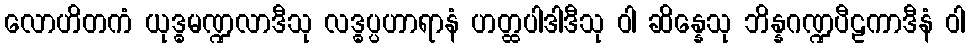
လောဟိတကံ ယုဒ္ဓမဏ္ဍလာဒီသု လဒ္ဓပ္ပဟာရာနံ ဟတ္ထပါဒါဒီသု ဝါ ဆိန္နေသု ဘိန္နဂဏ္ဍပီဠကာဒီနံ ဝါ